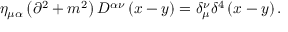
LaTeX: \eta _ { \mu \alpha } \left( \partial ^ { 2 } + m ^ { 2 } \right) D ^ { \alpha \nu } \left( x - y \right) = \delta _ { \mu } ^ { \nu } \delta ^ { 4 } \left( x - y \right) .